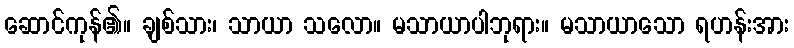
ဆောင်ကုန်၏။ ချစ်သား၊ သာယာ သလော။ မသာယာပါဘုရား။ မသာယာသော ရဟန်းအား